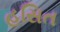
હસિત